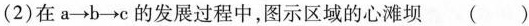
(2)在a\rightarrow b\rightarrow c的发展过程中，图示区域的心滩坝( )